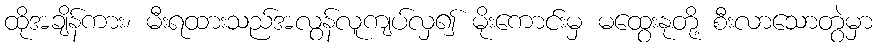
ထိုအချိန်ကား၊ မီးရထားသည်အလွန်လူကျပ်လှ၍ မိုးကောင်းမှ မထွေးနုတို့ စီးလာသောတွဲမှာ